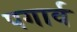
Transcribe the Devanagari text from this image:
पगार्व